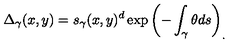
\Delta _ { \gamma } ( x , y ) = s _ { \gamma } ( x , y ) ^ { d } \exp \left( - \int _ { \gamma } \theta d s \right) _ { . }